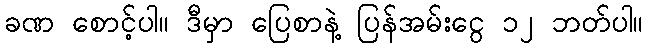
ခဏ စောင့်ပါ။ ဒီမှာ ပြေစာနဲ့ ပြန်အမ်းငွေ ၁၂ ဘတ်ပါ။